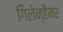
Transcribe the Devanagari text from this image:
गिलेन्हैमर